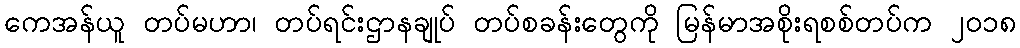
ကေအန်ယူ တပ်မဟာ၊ တပ်ရင်းဌာနချုပ် တပ်စခန်းတွေကို မြန်မာအစိုးရစစ်တပ်က ၂၀၁၈